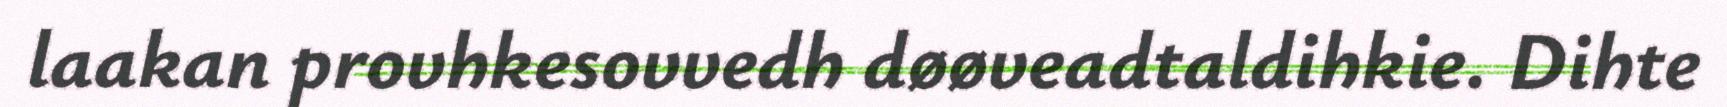
laakan provhkesovvedh døøveadtaldihkie. Dihte